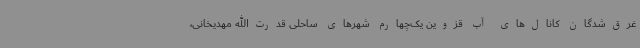
غرق‌شدگان کانال‌های آب قزوین یک‌چهارم شهرهای ساحلی قدرت‌الله مهدیخانی،